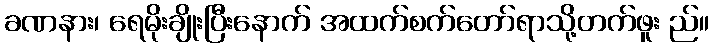
ခဏနား၊ ရေမိုးချိုးပြီးနောက် အထက်စက်တော်ရာသို့တက်ဖူး ည်။